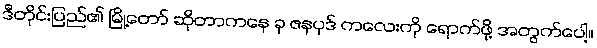
ဒီတိုင်းပြည်၏ မြို့တော် ဆိုတာကနေ ခု ဇနပုဒ် ကလေးကို ရောက်ဖို့ အတွက်ပေါ့။